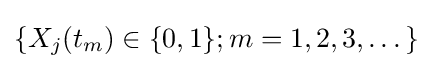
\{X_{j}(t_{m})\in \{0,1\};m=1,2,3,\dots \}